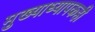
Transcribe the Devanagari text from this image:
मुख्याध्यापकही